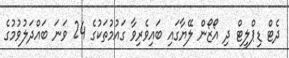
ދެޓް ޑިޕްލީޓް ދި އޯޒޯން ލޭޔާގައި ބައިވެރިވާ ގައުމުތަކުގެ 24 ވަނަ ބައްދަލުވުމުގެ